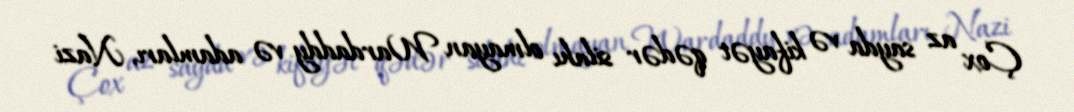
Çox az sayda və kifayət qədər silahı olmayan Wardaddy və adamları, Nazi